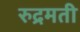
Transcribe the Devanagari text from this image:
रुद्रमती